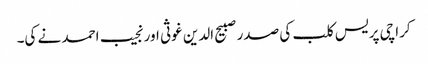
کراچی پریس کلب کی صدر صبیح الدین غوثی اور نجیب احمد نے کی۔